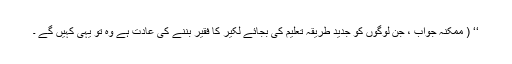
‘‘ ( ممکنہ جواب ، جن لوگوں کو جدید طریقہ تعلیم کی بجائے لکیر کا فقیر بننے کی عادت ہے وہ تو یہی کہیں گے ۔